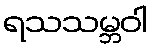
ရသသမ္ဘဝါ